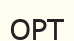
ОРТ